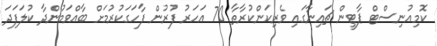
ކޮމިއުނިސްޓް ޕާޓީން ޗައިނާގައި ވެރިކަންކުރާތާ 70 އަހަރު ފުރުން ފާހަގަކުރުމަށް ބާއްވަމުންދާ ކުލަފަދަ